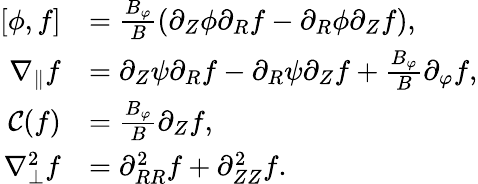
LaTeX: \begin{array}{rl}{[\phi,f]}&{=\frac{B_{\varphi}}{B}(\partial_{Z}\phi\partial_{R}f-\partial_{R}\phi\partial_{Z}f),}\\ {\nabla_{\parallel}f}&{=\partial_{Z}\psi\partial_{R}f-\partial_{R}\psi\partial_{Z}f+\frac{B_{\varphi}}{B}\partial_{\varphi}f,}\\ {\mathcal{C}(f)}&{=\frac{B_{\varphi}}{B}\partial_{Z}f,}\\ {\nabla_{\perp}^{2}f}&{=\partial_{RR}^{2}f+\partial_{ZZ}^{2}f.}\end{array}